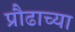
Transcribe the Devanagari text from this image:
प्रौढाच्या